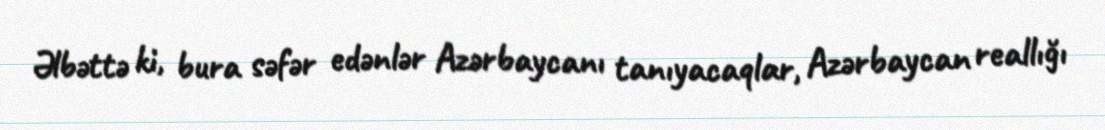
Əlbəttə ki, bura səfər edənlər Azərbaycanı tanıyacaqlar, Azərbaycan reallığı